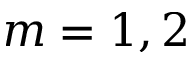
m = 1 , 2